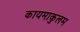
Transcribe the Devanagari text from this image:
कायमाकुलम